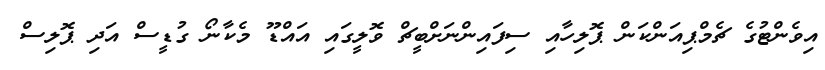
އިވެންޓުގެ ޗެމްޕިއަންކަން ޕޮލިހާއި ސިފައިންނަށްބީޗް ވޮލީގައި އައްޑޫ މެކާނޯ ގުޑީސް އަދި ޕޮލިސް